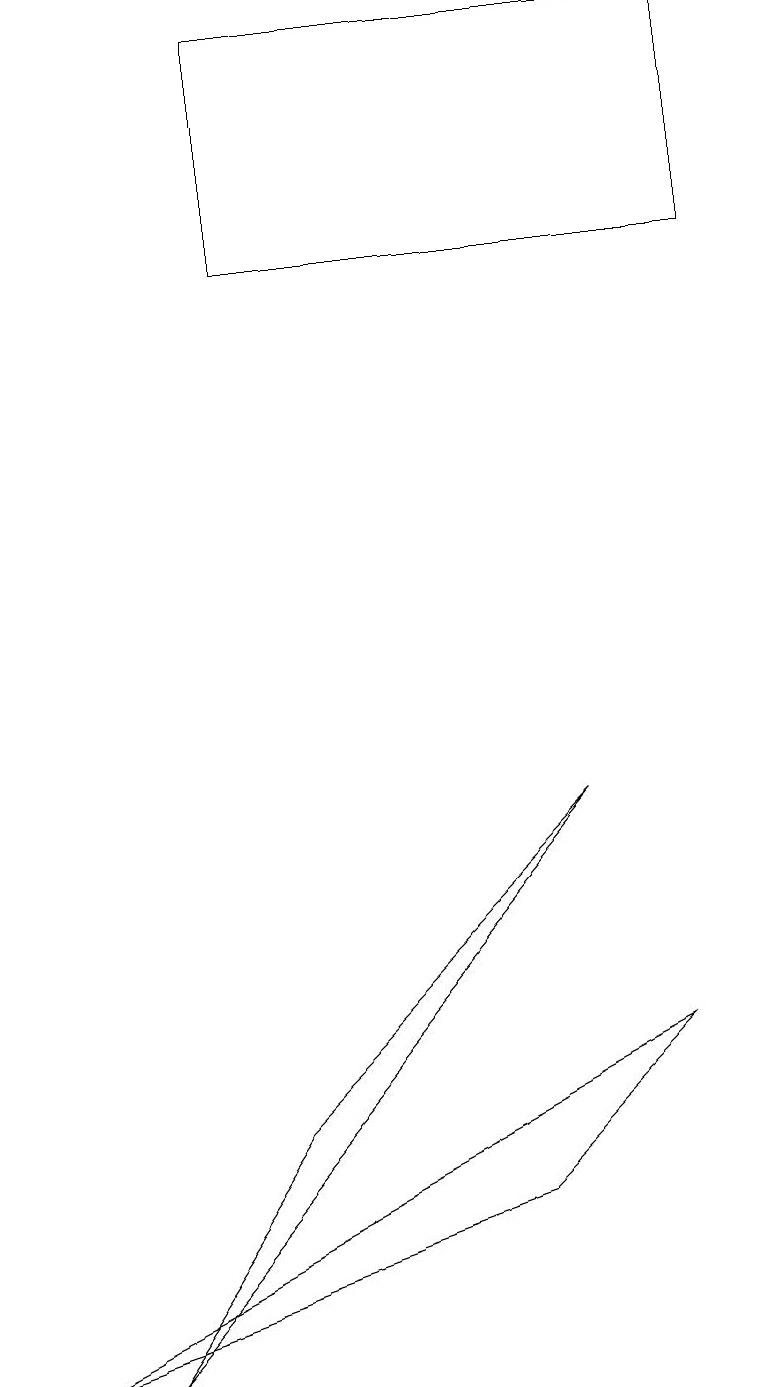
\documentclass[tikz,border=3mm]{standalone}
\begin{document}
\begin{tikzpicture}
\draw (1,1) -- (7,8) -- (3,4) -- cycle;
\draw (3,18) rectangle (9,15);
\draw (6,3) -- (0,1) -- (8,5) -- cycle;
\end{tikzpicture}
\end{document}